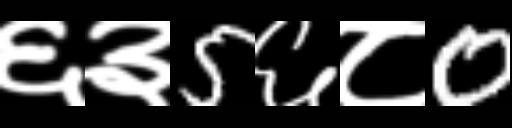
Text: ६३5६८0